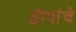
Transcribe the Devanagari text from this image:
द्वीपांचे